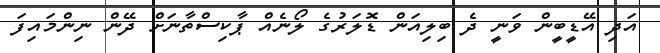
އަދި އޭޑީބީން ވަނީ ދެ ބިލިއަން ޑޮލަރުގެ ލޯނެއް ޕާކިސްތާނަށް ދޭން ނިންމައިފަ